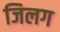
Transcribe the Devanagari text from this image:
जिलग